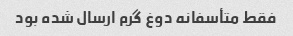
فقط متأسفانه دوغ گرم ارسال شده بود